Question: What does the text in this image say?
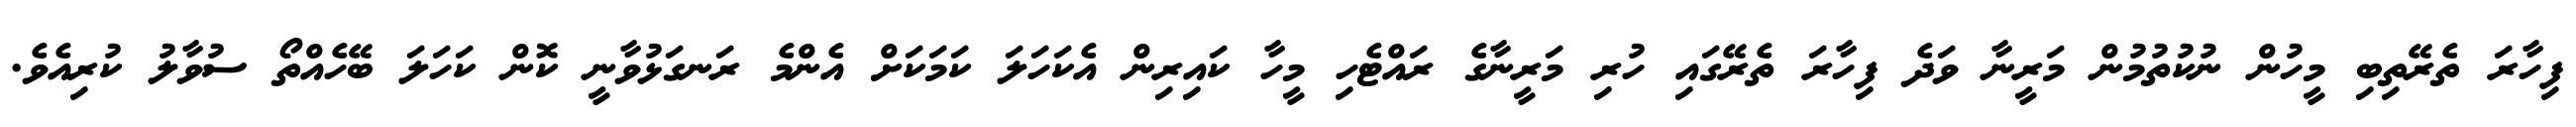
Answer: ފިހާރަ ތެރޭތިބި މީހުން ނުކުތުމުން މަރީނާ ވަދެ ފިހާރަ ތެރޭގައި ހުރި މަރީނާގެ ރައްޓެހި މީހާ ކައިރިން އެކަހަލަ ކަމަކަށް އެންމެ ރަނގަޅުވާނީ ކޮން ކަހަލަ ބޭހެއްތޯ ސުވާލު ކުރިއެވެ.